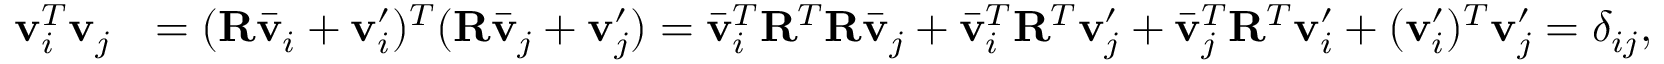
\begin{array} { r l } { \mathbf { v } _ { i } ^ { T } \mathbf { v } _ { j } } & { = ( \mathbf { R } \bar { \mathbf { v } } _ { i } + \mathbf { v } _ { i } ^ { \prime } ) ^ { T } ( \mathbf { R } \bar { \mathbf { v } } _ { j } + \mathbf { v } _ { j } ^ { \prime } ) = \bar { \mathbf { v } } _ { i } ^ { T } \mathbf { R } ^ { T } \mathbf { R } \bar { \mathbf { v } } _ { j } + \bar { \mathbf { v } } _ { i } ^ { T } \mathbf { R } ^ { T } \mathbf { v } _ { j } ^ { \prime } + \bar { \mathbf { v } } _ { j } ^ { T } \mathbf { R } ^ { T } \mathbf { v } _ { i } ^ { \prime } + ( \mathbf { v } _ { i } ^ { \prime } ) ^ { T } \mathbf { v } _ { j } ^ { \prime } = \delta _ { i j } , } \end{array}